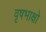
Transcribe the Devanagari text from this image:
वृषभाक्षो